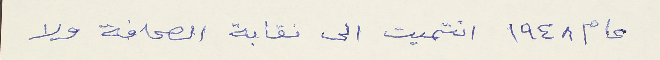
عام ١٩٤٨ انتميت الى نقابة الصحافة ولا